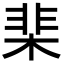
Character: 棐